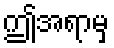
ဤအရာမှ